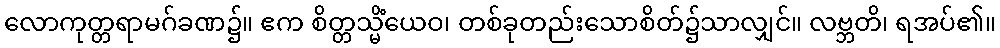
လောကုတ္တရာမဂ်ခဏ၌။ ဧက စိတ္တသ္မိံယေဝ၊ တစ်ခုတည်းသောစိတ်၌သာလျှင်။ လဗ္ဘတိ၊ ရအပ်၏။